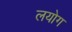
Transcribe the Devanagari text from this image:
लयोग